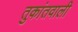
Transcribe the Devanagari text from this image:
तुकांतवाली